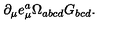
\partial _ { \mu } e _ { \mu } ^ { a } \Omega _ { a b c d } G _ { b c d } .